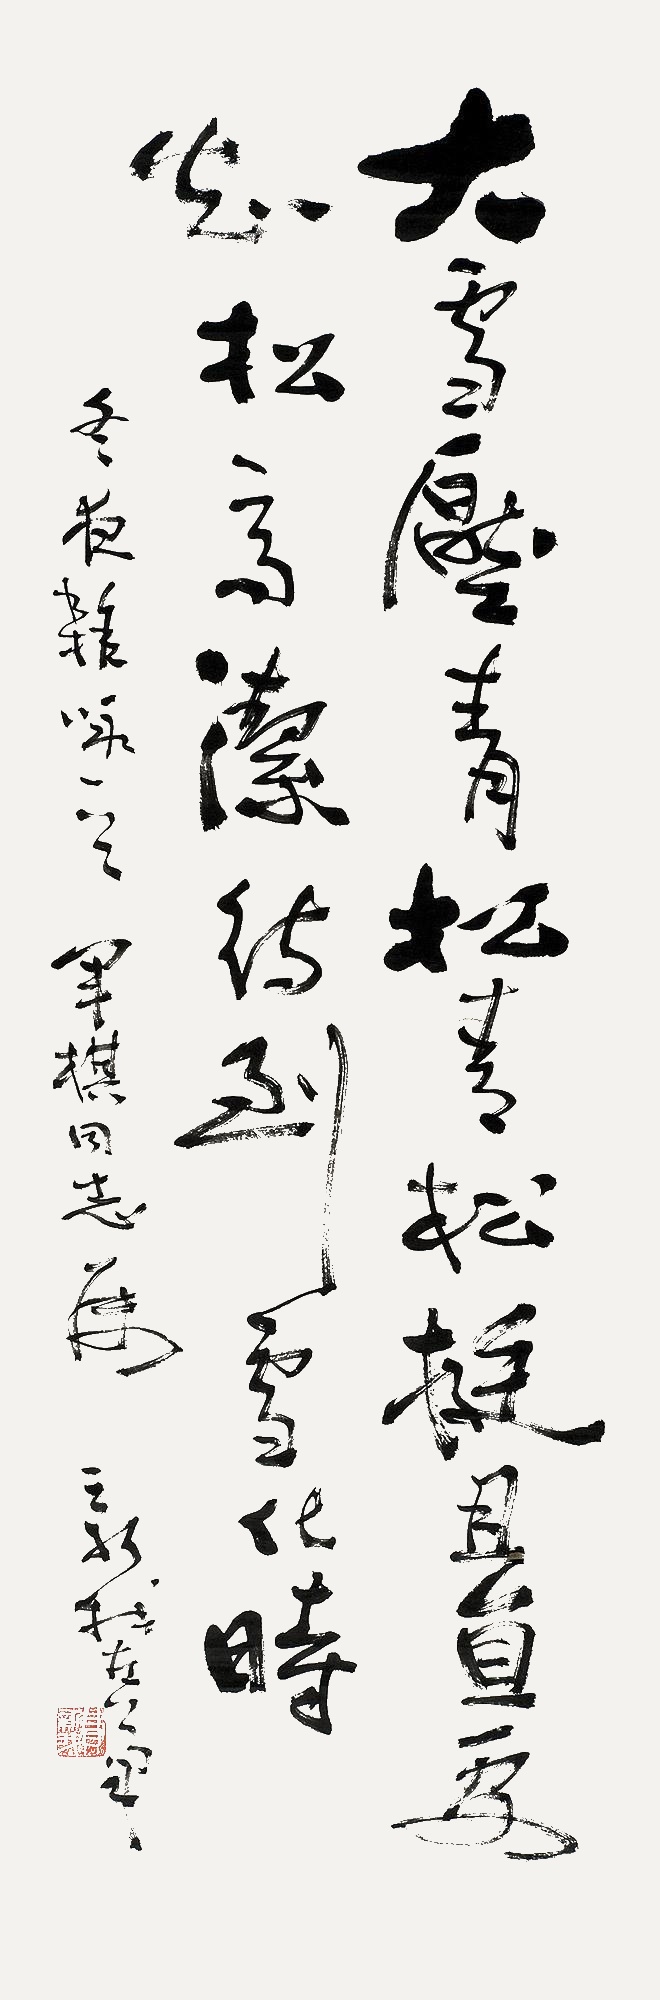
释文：大雪压青松，青松挺且直。要知松高洁，待到雪化时。冬夜杂咏一首，军棋同志属，新我左笔。